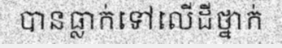
បានធ្លាក់ទៅលើដីថ្នាក់